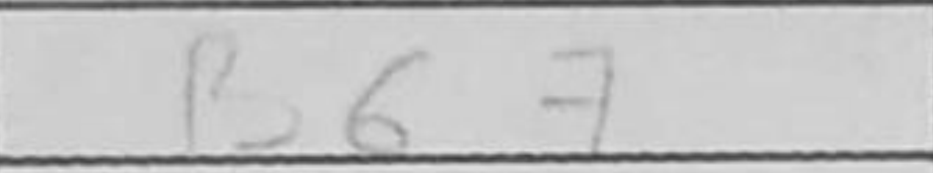
Transcription: Bb7